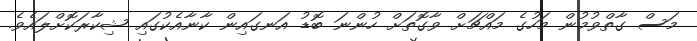
މަސް ގާތްވުމުން މަހުގެ މައްޗަށް ވާގޮތަށް ހުންނަ ބޮޑު އަނގައިން ކާނާއެކުގައި ޝިކާރަކޮށްލައެވެ.